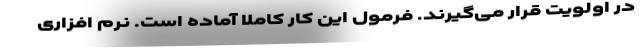
در اولویت قرار می‌گیرند. فرمول این کار کاملا آماده است. نرم افزاری